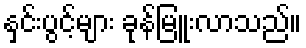
နှင်းပွင့်များ ခုန်မြူးလာသည်။